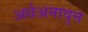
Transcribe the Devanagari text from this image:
अर्धअनावृत्त